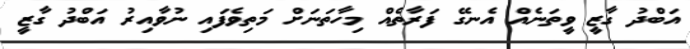
އަބްދު ގާޒީ ވީތަނެއް އެނގޭ ފަރާތެއް މިހާތަނަށް މަތިވެފައި ނުވާއިރު އަބްދު ގާޒީ